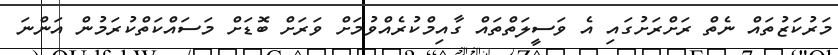
މަރުކަޒުތައް ނެތް ރަށްރަށުގައި އެ ވަސީލަތްތައް ގާއިމްކުރެއްވުމަށް ވަރަށް ބޮޑަށް މަސައްކަތްކުރަމުން އަންނަ